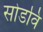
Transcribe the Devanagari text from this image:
सोडवि